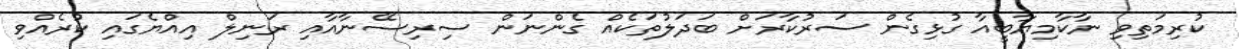
ކުރިމަތިވި ނާކާމިޔާބީއާ ގުޅިގެން ސަރުކާރަށް ބަދަލުތަކެއް ގެންނަން ސިރިސޭނާއާއި ރަނިލް އިއްޔެގައި ކުރެއްވި